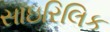
સાઇરિલિક